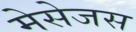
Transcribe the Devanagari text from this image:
मेसेजस